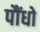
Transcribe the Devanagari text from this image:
पौंधो